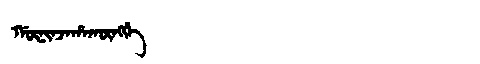
Manchu: ᡤᡡᠨᡳᠨᠵᠠᡥᠠᡴᡡᠩᡤᡝ
Romanization: GŪNINJAHAKŪNGGE